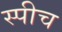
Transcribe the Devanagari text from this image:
स्‍पीच